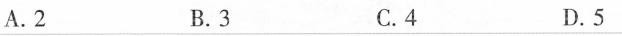
A.2 B.3 C.4 D.5